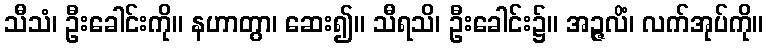
သီသံ၊ ဦးခေါင်းကို။ နဟာတွာ၊ ဆေး၍။ သီရသိ၊ ဦးခေါင်း၌။ အဉ္ဇလိံ၊ လက်အုပ်ကို။